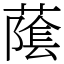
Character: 䕃